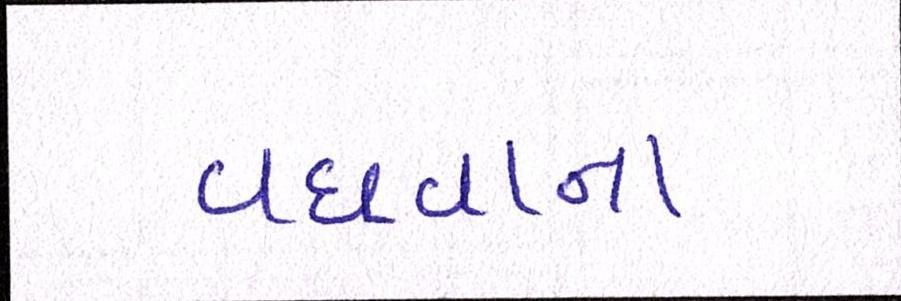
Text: વધવાના